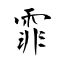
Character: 霏